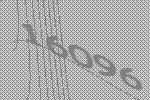
16096